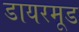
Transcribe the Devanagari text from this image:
डायरमूड